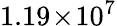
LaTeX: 1.19\! \times\! 10^{7}